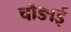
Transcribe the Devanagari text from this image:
चौङाई